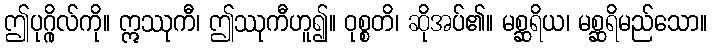
ဤပုဂ္ဂိုလ်ကို။ ဣဿုကီ၊ ဤဿုကီဟူ၍။ ဝုစ္စတိ၊ ဆိုအပ်၏။ မစ္ဆရိယ၊ မစ္ဆရိမည်သော။